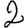
Digit: 2